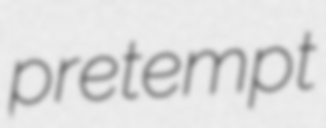
pretempt